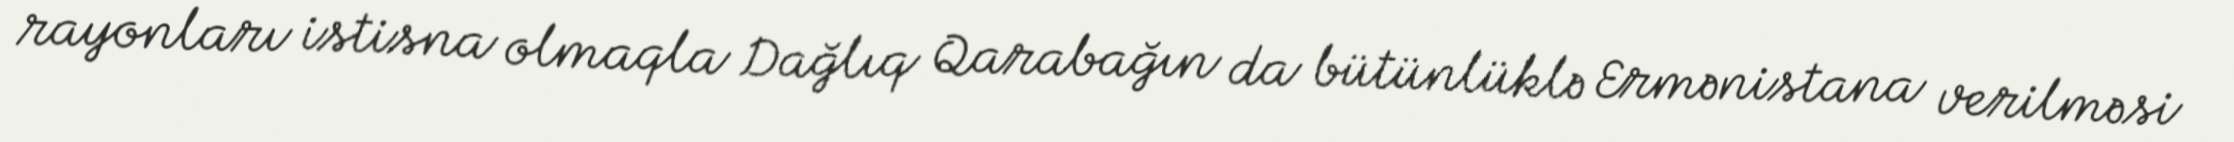
rayonları istisna olmaqla Dağlıq Qarabağın da bütünlüklə Ermənistana verilməsi